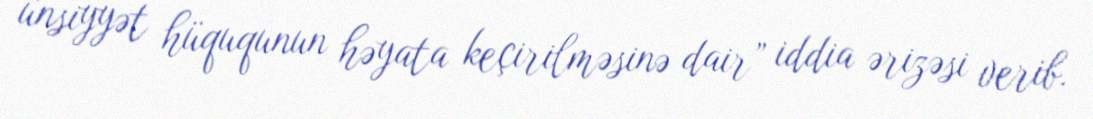
ünsiyyət hüququnun həyata keçirilməsinə dair” iddia ərizəsi verib.